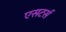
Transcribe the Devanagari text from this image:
एसटर्स